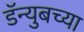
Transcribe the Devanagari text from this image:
डॅन्युबच्या